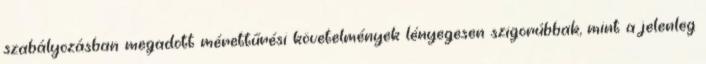
szabályozásban megadott mérettűrési követelmények lényegesen szigorúbbak, mint a jelenleg